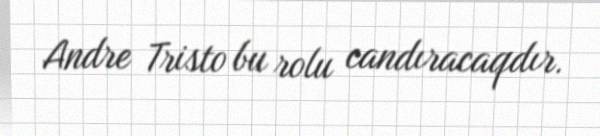
Andre Tristo bu rolu candıracaqdır.